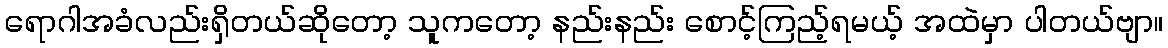
ရောဂါအခံလည်းရှိတယ်ဆိုတော့ သူကတော့ နည်းနည်း စောင့်ကြည့်ရမယ့် အထဲမှာ ပါတယ်ဗျာ။